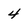
Character: 4